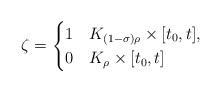
LaTeX: \begin{align*} \zeta =\begin{cases} 1 & K_{(1-\sigma)\rho} \times [t_0, t], \\ 0 & K_{\rho} \times [t_0, t] \end{cases}\end{align*}